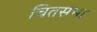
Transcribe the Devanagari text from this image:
चितसभा